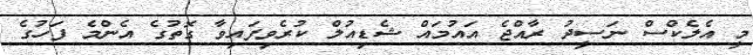
މީ އެލެކްސް ނަސީދު ރާއްޖެ އައުމައް ޝެޑިއުލް ކުރެވިފައިވާ ގޮތުގެ އެންމެ ފަހުގެ